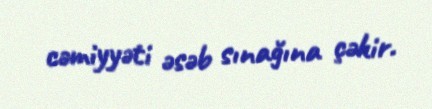
cəmiyyəti əsəb sınağına çəkir.